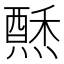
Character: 𱬑